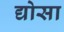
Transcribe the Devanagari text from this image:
द्योसा